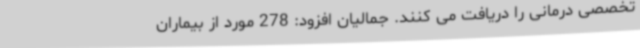
تخصصی درمانی را دریافت می کنند. جمالیان افزود: 278 مورد از بیماران